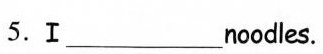
5.Ⅰ_noodles.